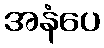
အနံပေ